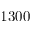
1 3 0 0